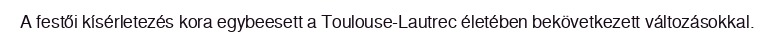
A festői kísérletezés kora egybeesett a Toulouse-Lautrec életében bekövetkezett változásokkal.